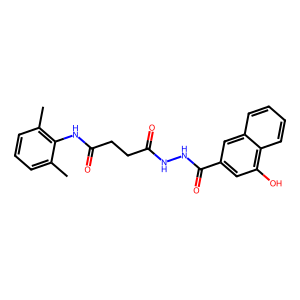
SMILES: Cc1cccc(C)c1NC(=O)CCC(=O)NNC(=O)c1cc(O)c2ccccc2c1
Inhibits HIV replication: No